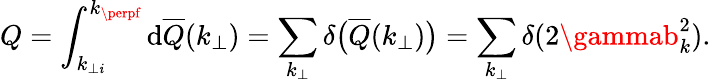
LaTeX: Q=\int_{k_{\perp\mathit{i}}}^{k_{\perpf}}\mathrm{d}\overline{{{Q}}}(k_{\perp})=\sum_{k_{\perp}}\delta\big(\overline{{{Q}}}(k_{\perp})\big)=\sum_{k_{\perp}}\delta(2\gammab_{k}^{2}).